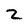
Character: 2